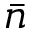
\bar { n }